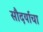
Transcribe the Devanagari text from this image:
सौदर्याचा